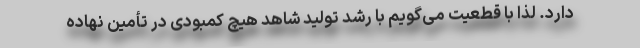
دارد. لذا با قطعیت می‌گویم با رشد تولید شاهد هیچ کمبودی در تأمین نهاده